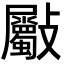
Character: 𣀻